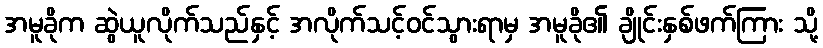
အမူခိုက ဆွဲယူလိုက်သည်နှင့် အလိုက်သင့်ဝင်သွားရာမှ အမူခို၏ ချိုင်းနှစ်ဖက်ကြား သို့